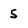
Character: 5